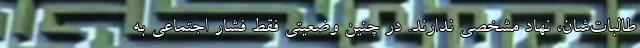
طالبات‌شان، نهاد مشخصی ندارند. در چنین وضعیتی فقط فشار اجتماعی به